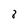
Character: 8